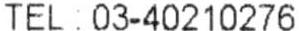
TEL: 03-40210276